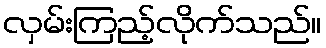
လှမ်းကြည့်လိုက်သည်။